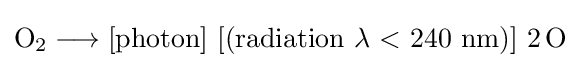
{\mathrm {O} {\vphantom {A}}_{\smash[{t}]{2}}{}\mathrel {\longrightarrow } {}[\mathrm {photon} ]~[(\mathrm {radiation} \ \mathrm {\lambda } \ {<}\ 240\ \mathrm {nm} )]~2\,\mathrm {O} }